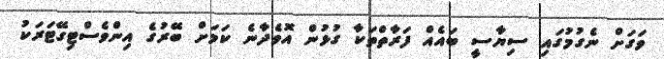
ވަގަށް ނެގުމުގައި ސިޔާސީ ބައެއް ފަރާތްތަކާ ގުޅުން އޮވެދާނެ ކަމަށް ބޭރުގެ އިންވެސްޓިގޭޓަރަކު